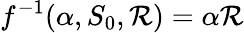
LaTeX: f^{-1}(\alpha,S_{0},\mathcal{R})=\alpha\mathcal{R}